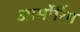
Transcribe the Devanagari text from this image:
आर्मोरिंग